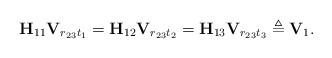
LaTeX: \begin{align*} {\bf H}_{11}{\bf V}_{r_{23}t_{1}}={\bf H}_{12}{\bf V}_{r_{23}t_{2}}={\bf H}_{13}{\bf V}_{r_{23}t_{3}}\triangleq{\bf V}_{1}. \end{align*}